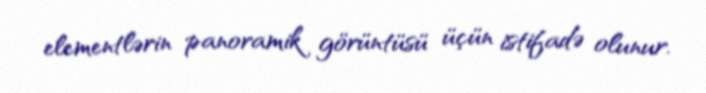
elementlərin panoramik görüntüsü üçün istifadə olunur.